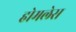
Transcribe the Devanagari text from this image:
होमलेस